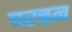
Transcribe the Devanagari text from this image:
परचन